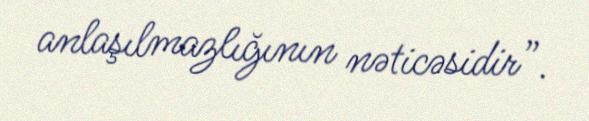
anlaşılmazlığının nəticəsidir”.